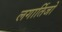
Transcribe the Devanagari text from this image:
लगार्तिजो